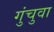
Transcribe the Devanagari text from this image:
गुंचुवा